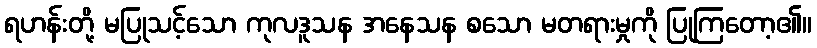
ရဟန်းတို့ မပြုသင့်သော ကုလဒူသန အနေသန စသော မတရားမှုကို ပြုကြတော့၏။